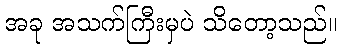
အခု အသက်ကြီးမှပဲ သိတော့သည်။